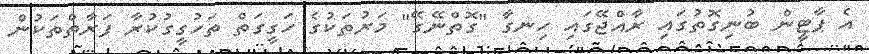
އެ ޕާޓީން ބުނިގޮތުގައި ރާއްޖޭގައި ހިނގާ "ގޮތްނޭގޭ" މަރުތަކުގެ ހަގީގަތް ތަހުގީގުކުރާ ފަރާތްތަކުން